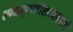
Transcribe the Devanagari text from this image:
शब्दव्युत्पत्तीशास्त्राप्रमाणे